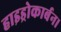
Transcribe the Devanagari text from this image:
हाइड्रोकार्बन।